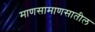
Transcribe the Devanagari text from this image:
माणसामाणसातील